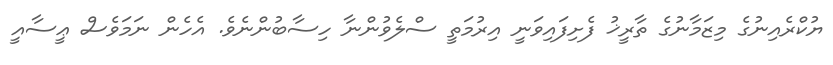
ޔުކްރެއިނުގެ މިޒަމާނުގެ ތާރީޚު ފެށިފައިވަނީ އިރުމަތީ ސްލެވުންނާ ހިސާބުންނެވެ. އެހެން ނަމަވެސް ޢީސާއީ